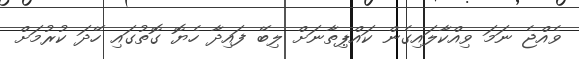
ވެއްޖެ ނަމަ ވިއްކާލައިގެން ކައްޕިތާނަށް ލިބޭ ފައިދާ ހެޔޮ ގޮތުގައި ހޭދަ ކުރުމަށް